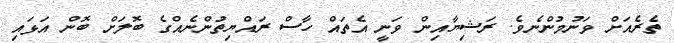
ތެރެއަށް ވަނުމުންނެވެ. ރަޝިޔާއިން ވަނީ އެތައް ހާސް ރައްޔިތުންނެއްގެ ބޮލަށް ބޮން އަޅައި